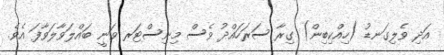
އަދި ވެލިގަނޑު (ހިއްކިބިން) ގިރާ ސަރަހައްދު ވެސް މިނިސްޓަރ ވަނީ ބައްލަވާލަވާފަ އެވެ.